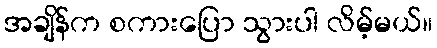
အချိန်က စကားပြော သွားပါ လိမ့်မယ်။